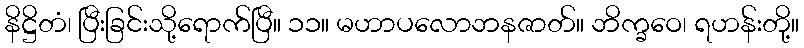
နိဋ္ဌိတံ၊ ပြီးခြင်းသို့ရောက်ပြီ။ ၁၁။ မဟာပလောဘနဇာတ်။ ဘိက္ခဝေ၊ ရဟန်းတို့။